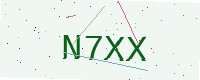
Text: N7XX